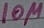
Text: 10µ